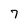
Character: 7